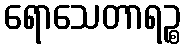
ရောသေတာရဉ္စ